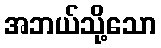
အဘယ်သို့သော